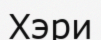
Хэри